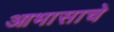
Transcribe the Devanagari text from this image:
आभासाचे